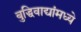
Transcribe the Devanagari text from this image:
बुद्धिवाद्यांंमध्ये